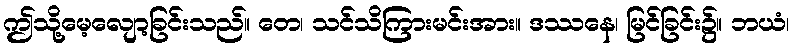
ဤသို့မေ့လျော့ခြင်းသည်။ တေ၊ သင်သိကြားမင်းအား။ ဒဿနေ၊ မြင်ခြင်း၌။ ဘယံ၊